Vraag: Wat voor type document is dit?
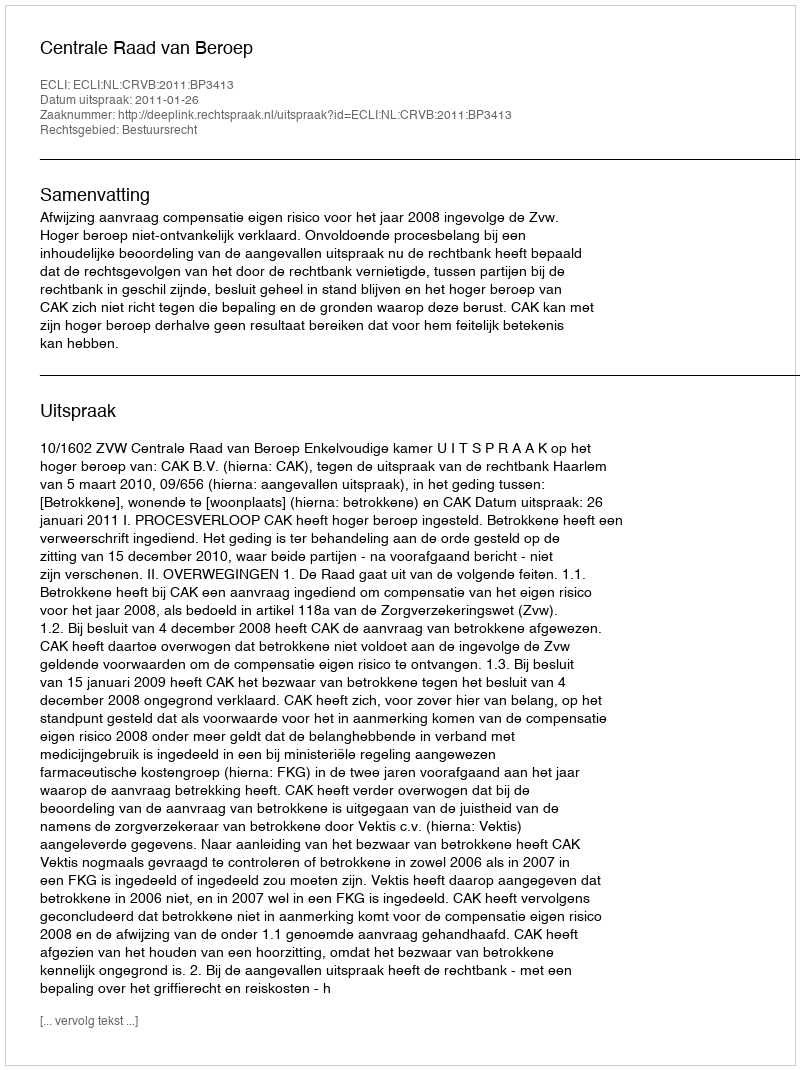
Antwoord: Uitspraak